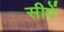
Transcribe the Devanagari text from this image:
सीपें